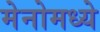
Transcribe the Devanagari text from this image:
मेनोमध्ये